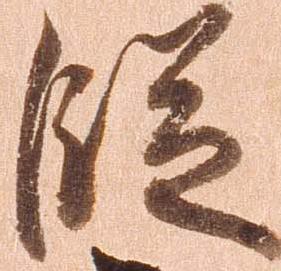
段